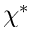
\chi ^ { * }